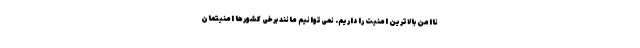
ناامن بالاترین امنیت را داریم. نمی‌توانیم مانند برخی کشورها امنیتمان